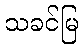
သခင်မြ